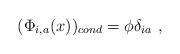
LaTeX: \begin{align*} (\Phi _{i,a}(x))_{cond} = \phi \delta_{ia}~,\end{align*}